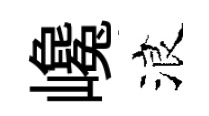
巉浪